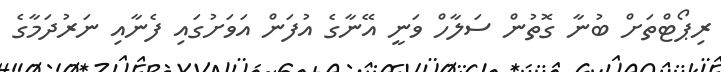
ރިޕޯޓްތަށް ބުނާ ގޮތުން ސަލާހް ވަނީ އޭނާގެ އުފަން އަވަށުގައި ފެނާއި ނަރުދަމާގެ